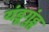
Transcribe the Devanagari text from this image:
यंडूगुंडू